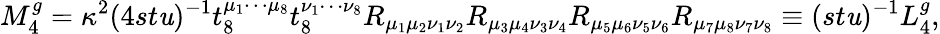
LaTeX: M_{4}^{g}=\kappa^{2}(4st\mathit{u})^{-1}t_{8}^{\mu_{1}\cdots\mu_{8}}t_{8}^{\nu_{1}\cdots\nu_{8}}R_{\mu_{1}\mu_{2}\nu_{1}\nu_{2}}R_{\mu_{3}\mu_{4}\nu_{3}\nu_{4}}R_{\mu_{5}\mu_{6}\nu_{5}\nu_{6}}R_{\mu_{7}\mu_{8}\nu_{7}\nu_{8}}\equiv(st\mathit{u})^{-1}L_{4}^{g},